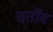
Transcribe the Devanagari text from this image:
तर्तीब